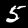
Label: 5